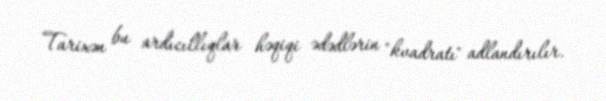
Tarixən bu ardıcıllıqlar həqiqi ədədlərin "kvadratı" adlandırılır.